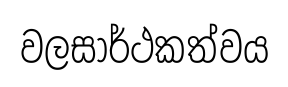
වලසාර්ථකත්වය